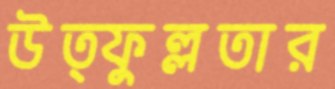
উত্ফুল্লতার